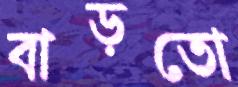
বাড়তো